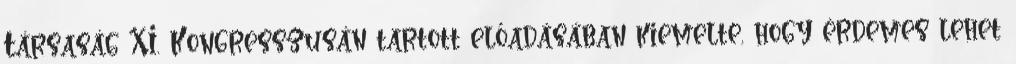
Társaság XI. Kongresszusán tartott előadásában kiemelte, hogy érdemes lehet